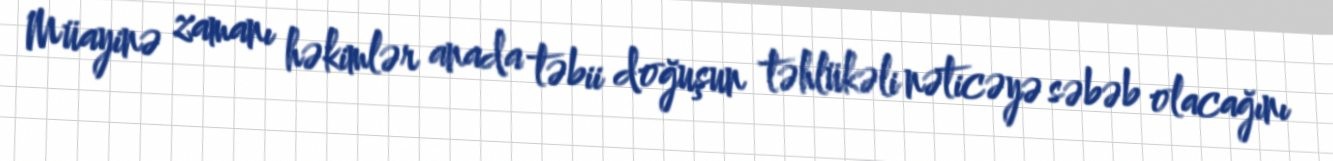
Müayinə zamanı həkimlər anada təbii doğuşun təhlükəli nəticəyə səbəb olacağını